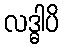
လဒ္ဓါပိ